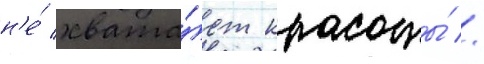
н'е́ хвата́ет красоты́ //